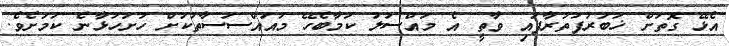
އެޅޭ ގޮތަށް ޚަބަރުފަތުރާފައި ވާތީ އެ މައްސަލަ ކަމާބެހޭ މުއައްސަސާތަކަށް ހުށަހަޅާނެ ކަމަށެވެ.